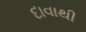
દાવાથી